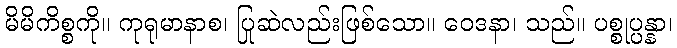
မိမိကိစ္စကို။ ကုရုမာနာစ၊ ပြုဆဲလည်းဖြစ်သော။ ဝေဒနာ၊ သည်။ ပစ္စုပ္ပန္နာ၊